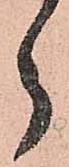
ら